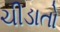
ચીડાતો